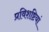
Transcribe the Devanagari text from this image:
प्रविशष्टियां